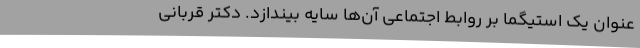
عنوان یک استیگما بر روابط اجتماعی آن‌ها سایه بیندازد. دکتر قربانی